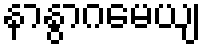
နာနွာဂမေယျ